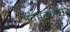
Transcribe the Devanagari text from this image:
तिब्बतवासी